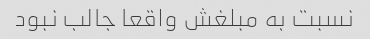
نسبت به مبلغش واقعا جالب نبود